Civil Veterinary Dept. Bombay admin report 1900-1906 - 1900-1906
Year: 1900
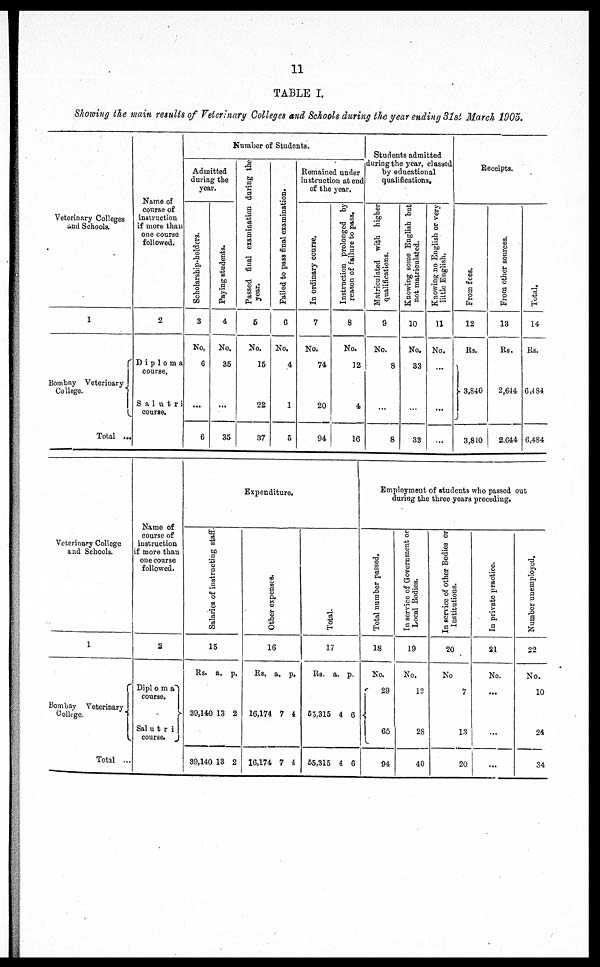
11
TABLE I.
Showing the main results of Veterinary Colleges and Schools during the year ending 31st March 1905.
Veterinary Colleges
and Schools.
1
Bombay Veterinary
College.
1
Total ...
Name of
course of
instruction
if more than
one course
followed.
2
Diploma
course.
Salutri
course.
Number of Students.
Admitted
during the
year.
Scholarship-holders.
3
No,
6
...
6
Paying students.
4
No.
35
...
35
Passed filial examination during the
year.
6
No.
15
22
37
Failed to pass final examination.
6
No.
4
1
5
Remained under
instruction at end
of the year.
In ordinary course.
7
No.
74
20
94
Instruction prolonged by
reason of failure to pass.
8
No.
12
4
16
Students admitted
during the year, classed
by educational
qualifications.
Matriculated with higher
qualifications.
9
No.
8
...
8
Knowing some English but
not matriculated.
10
No.
33
...
33
Knowing no English or very
little English.
11
No.
...
...
...
Receipts.
From fees.
12
Rs.
3,840
J
3,840
From other sources.
13
Rs.
2,644
2.644
Total.
14
Rs.
6,484
6,484
Veterinary College
and Schools.
1
Bombay Veterinary
College.
Total ...
Name of
course of
instruction
if more than
one course
followed.
2
Diploma
course.
Salutri
course.
Salaries of instructing staff.
15
Rs. a. p.
39,140 13 2
39,140 13 2
Expenditure
Other expenses.
16
Rs. a. p.
16,174 7 4
16,174 7 4
Total.
17
Rs. a. p.
65,315 4 6
65,315 4 6
Employment of students who passed out
during the three years preceding.
Total number passed.
18
No.
29
65
94
In service of Government or
Local Bodies.
19
No.
12
2S
40
In service of other Bodies or
Institutions.
20
No
7
13
20
In private practice
21
No.
...
...
...
Number unemployed.
22
No.
10
24
34